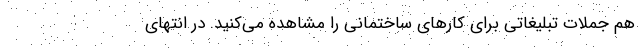
هم جملات تبلیغاتی برای کارهای ساختمانی را مشاهده می‌کنید. در انتهای